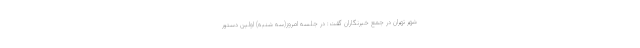
شهر تهران در جمع خبرنگاران گفت: در جلسه امروز(سه شنبه) اولین دستور